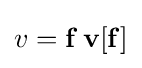
v=\mathbf {f} \,\mathbf {v} [\mathbf {f} ]